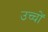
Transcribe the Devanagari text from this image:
उच्चों